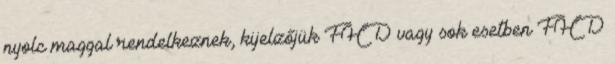
nyolc maggal rendelkeznek, kijelzőjük FHD vagy sok esetben FHD